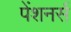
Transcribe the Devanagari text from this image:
पेंशनर्स